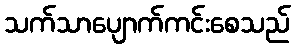
သက်သာပျောက်ကင်းစေသည်